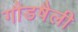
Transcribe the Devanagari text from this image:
गौडषैली